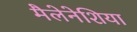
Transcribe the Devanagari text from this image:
मैलेनेशिया